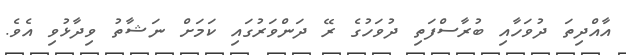
އާއްދިތަ ދުވަހާއި ބުރާސްފަތި ދުވަހުގެ ރޭ ދަންވަރުގައި ކަމަށް ނަޝާތު ވިދާޅުވި އެވެ.